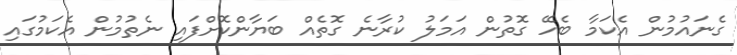
ގެނައުމުން އެކަމާ ބެހޭ ގޮތުން އަމަލު ކުރާނެ ގޮތެއް ބަޔާންކޮށްފައި ނެތުމުން އެކަމުގައި